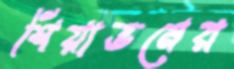
শিয়াভনের